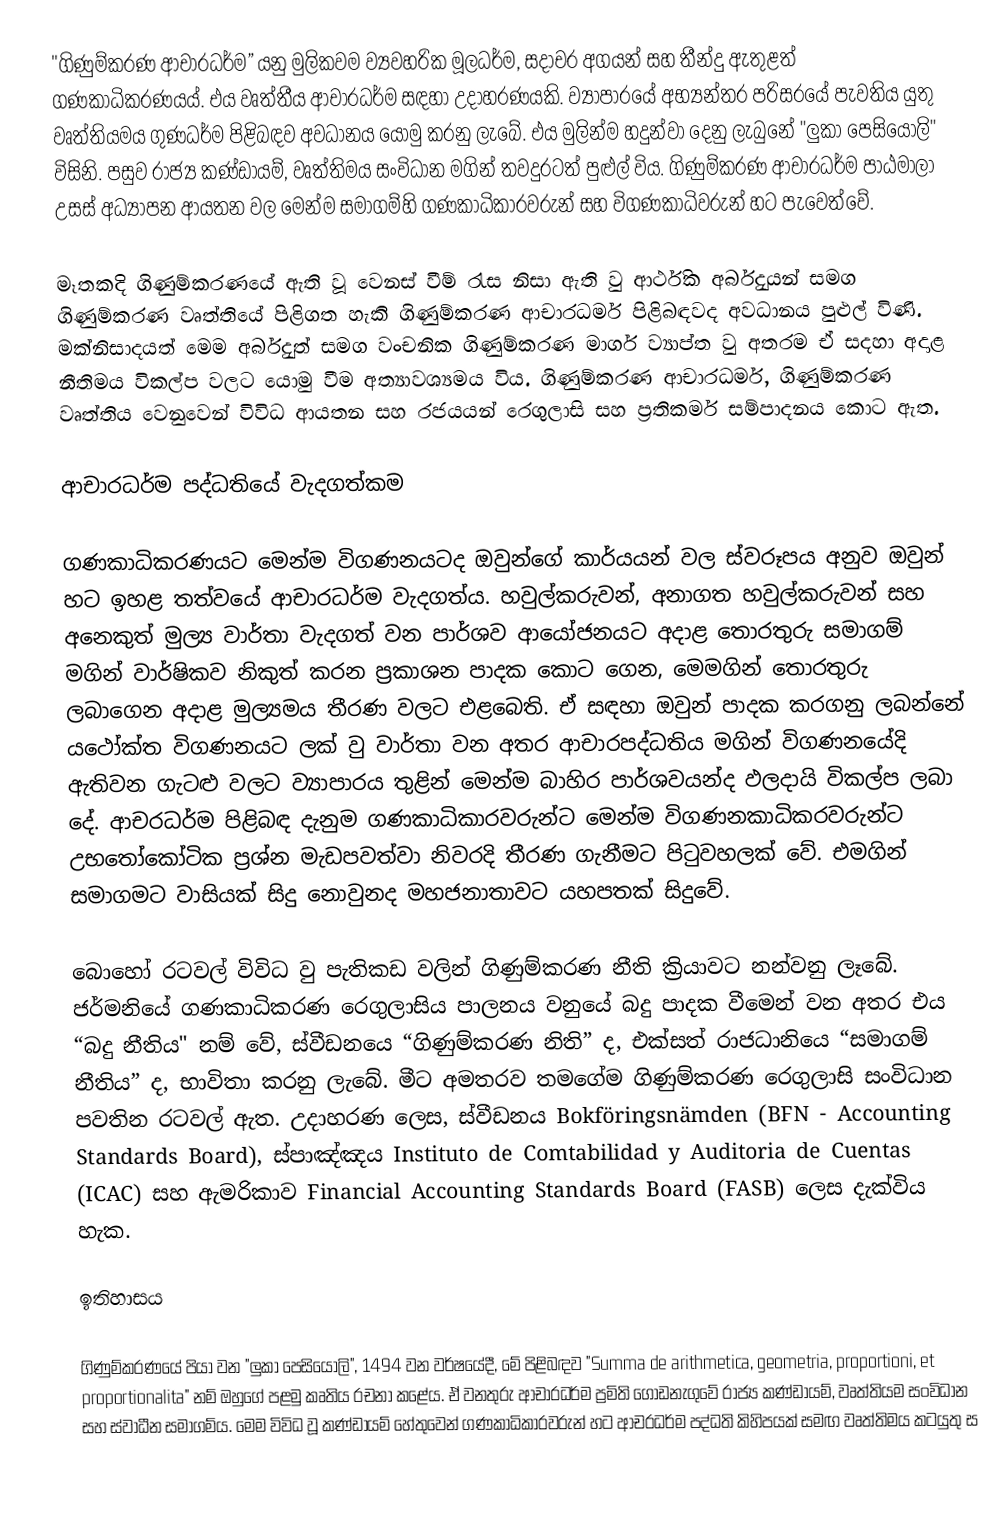
"ගිණුම්කරණ ආචාරධර්ම” යනු මුලිකවම ව්‍යවහරික මූලධර්ම, සදාචර අගයන් සහ තීන්දු ඇතුළත් ගණකාධිකරණයය්. එය වෘත්තීය ආචාරධර්ම සඳහා උදාහරණයකි. ව්‍යාපාරයේ අභ්‍යන්තර පරිසරයේ පැවතිය යුතු වෘත්තියමය ගුණධර්ම පිළිබඳව අවධානය යොමු කරනු ලැබේ. එය මුලින්ම හදුන්වා දෙනු ලැබුනේ "ලුකා පෙසියොලි" විසිනි. පසුව රාජ්‍ය කණ්ඩායම්, වෘත්තිමය සංවිධාන මගින් තවදුරටත් පුළුල් විය. ගිණුම්කරණ ආචාරධර්ම පාඨමාලා උසස් අධ්‍යාපන ආයතන වල මෙන්ම සමාගම්හි ගණකාධිකාරවරුන් සහ විගණකාධිවරුන් හට පැවෙත්වේ.

මෑතකදි ගිණුම්කරණයේ ඇති වූ වෙනස් වීම් රැස  නිසා ඇති වු ආර්ථික අර්බුදයන් සමග ගිණුම්කරණ වෘත්තියේ  පිළිගත හැකි ගිණුම්කරණ ආචාරධර්ම පිළිබඳවද අවධානය පුළුල් විණි. මක්නිසාදයත් මෙම අර්බුදත් සමග වංචනික ගිණුම්කරණ මාර්ග ව්‍යාප්ත වු අතරම ඒ සදහා අදාළ නීතිමය විකල්ප වලට යොමු වීම අත්‍යාවශ්‍යමය විය. ගිණුම්කරණ ආචාරධර්ම, ගිණුම්කරණ වෘත්තිය වෙනුවෙන් විවිධ ආයතන සහ රජයයන් රෙගුලාසි සහ ප්‍රතිකර්ම සම්පාදනය කොට ඇත.

ආචාරධර්ම පද්ධතියේ වැදගත්කම

ගණකාධිකරණයට මෙන්ම විගණනයටද ඔවුන්ගේ කාර්යයන් වල ස්වරූපය අනුව ඔවුන් හට ඉහළ තත්වයේ ආචාරධර්ම වැදගත්ය. හවුල්කරුවන්, අනාගත හවුල්කරුවන් සහ අනෙකුත් මුල්‍ය වාර්තා වැදගත් වන පාර්ශව ආයෝජනයට අදාළ තොරතුරු සමාගම් මගින් වාර්ෂිකව නිකුත් කරන ප්‍රකාශන පාදක කොට ගෙන, මෙමගින් තොරතුරු ලබාගෙන අදාළ මුල්‍යමය තීරණ වලට එළබෙති. ඒ සඳහා ඔවුන් පාදක කරගනු ලබන්නේ යථෝක්ත විගණනයට ලක් වු වාර්තා වන අතර ආචාරපද්ධතිය මගින් විගණනයේදි ඇතිවන ගැටළු වලට ව්‍යාපාරය තුළින් මෙන්ම බාහිර පාර්ශවයන්ද ඵලදායි විකල්ප ලබා දේ. ආචරධර්ම පිළිබඳ දැනුම ගණකාධිකාරවරුන්ට  මෙන්ම විගණනකාධිකරවරුන්ට උභතෝකෝටික ප්‍රශ්න මැඩපවත්වා නිවරදි තීරණ ගැනීමට පිටුවහලක් වේ. එමගින් සමාගමට වාසියක් සිදු නොවුනද මහජනාතාවට යහපතක් සිදුවේ.

බොහෝ රටවල් විවිධ වු පැතිකඩ වලින් ගිණුම්කරණ නීති ක්‍රියාවට නන්වනු ලෑබේ. ජර්මනියේ ගණකාධිකරණ රෙගුලාසිය පාලනය වනුයේ බදු පාදක වීමෙන් වන අතර එය “බදු නීතිය" නම් වේ, ස්වීඩනයෙ “ගිණුම්කරණ නිති” ද, එක්සත් රාජධානියෙ “සමාගම් නීතිය” ද, භාවිතා කරනු ලැබේ. මීට අමතරව තමගේම ගිණුම්කරණ රෙගුලාසි සංවිධාන පවතින රටවල් ඇත. උදාහරණ ලෙස, ස්වීඩනය Bokföringsnämden (BFN - Accounting Standards Board),  ස්පාඤ්ඤය Instituto de Comtabilidad y Auditoria de Cuentas (ICAC) සහ ඇමරිකාව Financial Accounting Standards Board (FASB) ලෙස දැක්විය හැක.

ඉතිහාසය

ගිණුම්කරණයේ පියා වන "ලුකා පෙසියොලි", 1494 වන වර්ෂයේදී, මේ පිළිබඳව "Summa de arithmetica, geometria, proportioni, et proportionalita" නම් ඔහුගේ පළමු කෘතිය රචනා කළේය. ඒ වනතුරු ආචාරධර්ම ප්‍රමිති ගොඩනැගුවේ රාජ්‍ය කණ්ඩායම්, වෘත්තියම සංවිධාන සහ ස්වාධීන සමාගම්ය. මෙම විවිධ වූ කණ්ඩායම් හේතුවෙන් ගණකාධිකාරවරුන් හට ආචරධර්ම පද්ධති කිහිපයක් සමඟ වෘත්තිමය කටයුතු ස